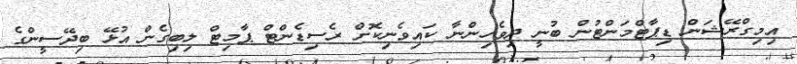
އިމިގްރޭޝަން ޑިޕާޓްމަންޓުން ބުނީ ދިވެހިންނާ ކައިވެނިކޮށް ރެސިޑެންޓް ޕާމިޓް ލިބިގެން އުޅޭ ބިދޭސީންގެ